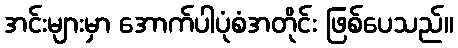
အင်းများမှာ အောက်ပါပုံစံအတိုင်း ဖြစ်ပေသည်။